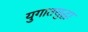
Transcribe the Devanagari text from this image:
युगातसुद्धा